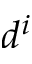
d ^ { i }